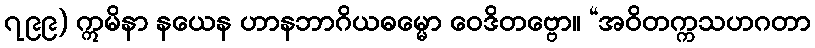
၇၉၉) ဣမိနာ နယေန ဟာနဘာဂိယဓမ္မော ဝေဒိတဗ္ဗော။ “အဝိတက္ကသဟဂတာ